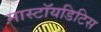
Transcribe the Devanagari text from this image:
मास्टॉयडिटिस